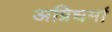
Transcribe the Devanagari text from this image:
अग्निधर्मा